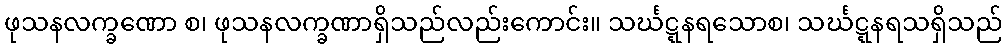
ဖုသနလက္ခဏော စ၊ ဖုသနလက္ခဏာရှိသည်လည်းကောင်း။ သင်္ဃဋ္ဋနရသောစ၊ သင်္ဃဋ္ဋနရသရှိသည်